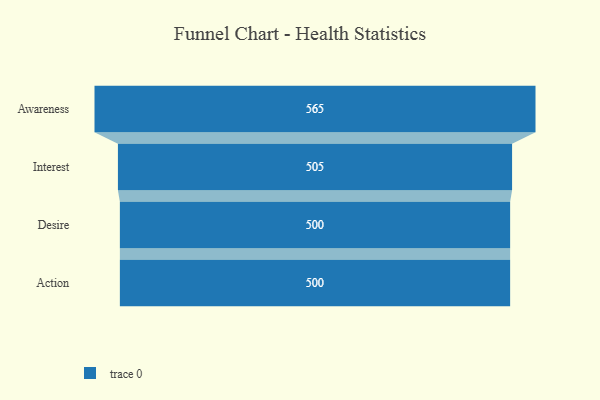
{"axis": {"x": "Stage", "y": "Value"}, "legend": [""], "data": [{"x": "Awareness", "y": 565.0, "type": ""}, {"x": "Interest", "y": 505.0, "type": ""}, {"x": "Desire", "y": 500, "type": ""}, {"x": "Action", "y": 500, "type": ""}]}